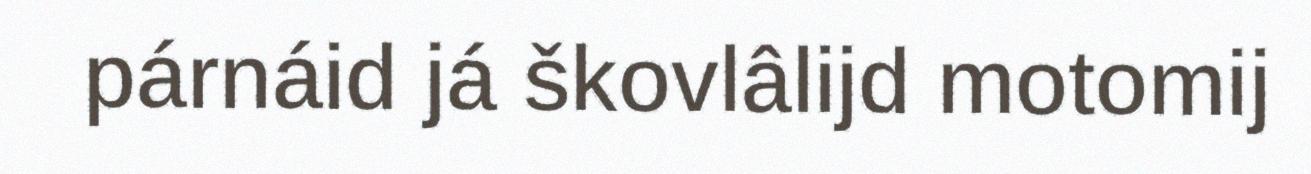
párnáid já škovlâlijd motomij